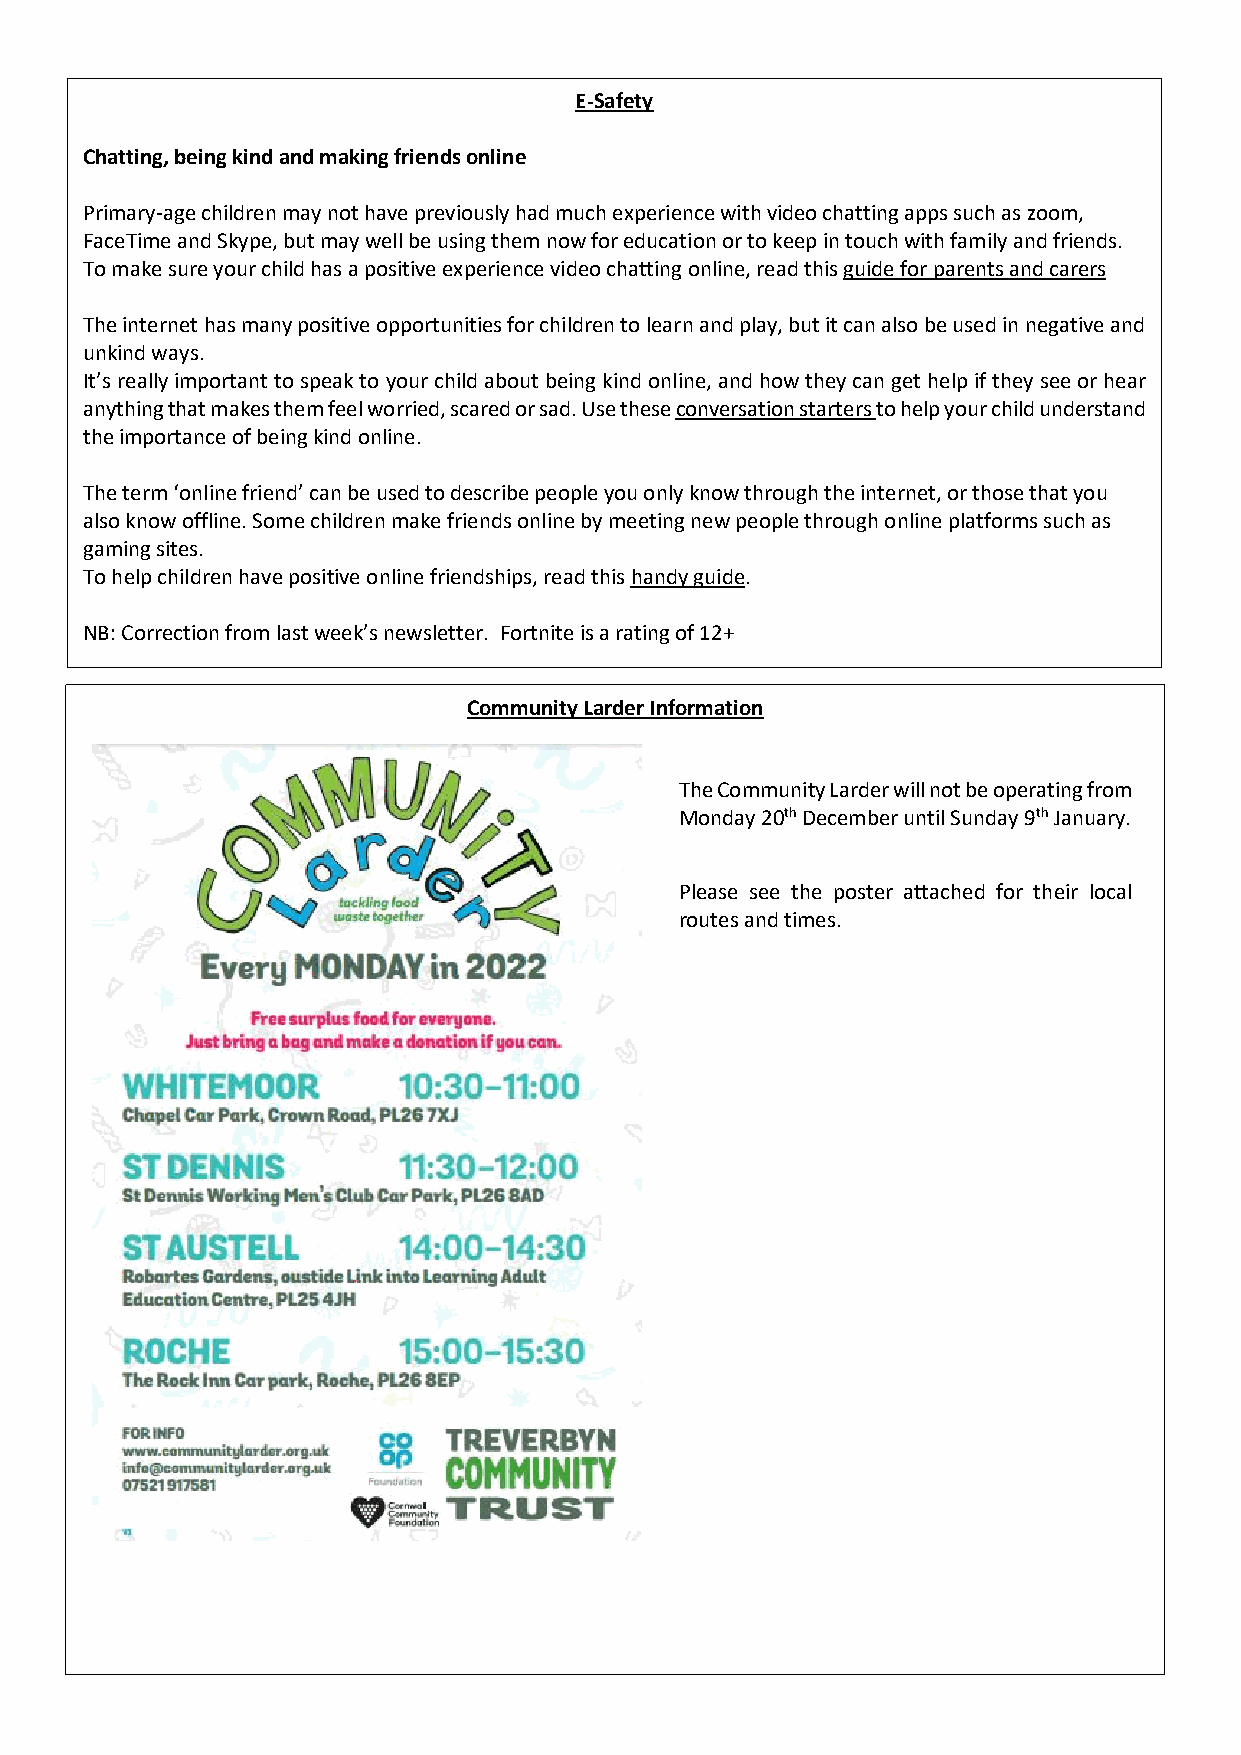
E-Safety
 Chatting, being kind and making friends online
 Primary-age children may not have previously had much experience with video chatting apps such as zoom,
 FaceTime and Skype, but may well be using them now for education or to keep in touch with family and friends.
 To make sure your child has a positive experience video chatting online, read this guide for parents and carers
 The internet has many positive opportunities for children to learn and play, but it can also be used in negative and
 unkind ways.
 It’s really important to speak to your child about being kind online, and how they can get help if they see or hear
 anything that makes them feel worried, scared or sad. Use these conversation starters to help your child understand
 the importance of being kind online.
 The term ‘online friend’ can be used to describe people you only know through the internet, or those that you
 also know offline. Some children make friends online by meeting new people through online platforms such as
 gaming sites.
 To help children have positive online friendships, read this handy guide.
 NB: Correction from last week’s newsletter. Fortnite is a rating of 12+
 Community Larder Information
 The Community Larder will not be operating from
 Monday 20th December until Sunday 9th January.
 Please see the poster attached for their local
 routes and times.